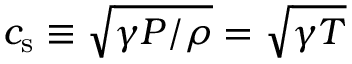
c _ { \mathrm { s } } \equiv \sqrt { \gamma P / \rho } = \sqrt { \gamma T }